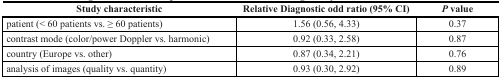
<table><thead><tr><td><b>Study characteristic</b></td><td><b>Relative Diagnostic odd ratio (95% CI)</b></td><td><b><i>P</i> value</b></td></tr></thead><tbody><tr><td>patient (&lt; 60 patients vs. ≥ 60 patients)</td><td>1.56 (0.56, 4.33)</td><td>0.37</td></tr><tr><td>contrast mode (color/power Doppler vs. harmonic)</td><td>0.92 (0.33, 2.58)</td><td>0.87</td></tr><tr><td>country (Europe vs. other)</td><td>0.87 (0.34, 2.21)</td><td>0.76</td></tr><tr><td>analysis of images (quality vs. quantity)</td><td>0.93 (0.30, 2.92)</td><td>0.89</td></tr></tbody></table>